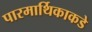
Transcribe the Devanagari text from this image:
पारमार्थिकाकडे